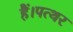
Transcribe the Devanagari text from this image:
हैं।पत्थर